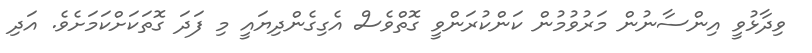
ވިދާޅުވީ އިންސާނުން މަރުވުމުން ކަންކުރަންވީ ގޮތްވެސް އެގިގެންދިޔައީ މި ފަދަ ގޮތަކަށްކަމަށެވެ. އަދި